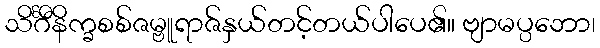
သိင်္ဂီနိက္ခစစ်ဇမ္ဗူရာဇ်နှယ်တင့်တယ်ပါပေ၏။ ဗျာမပ္ပဘော၊